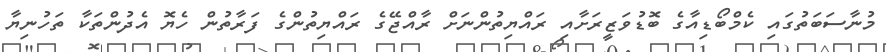
މުނާސަބަތުގައި ކެމްބޯޑިއާގެ ބޮޑުވަޒީރަށާއި ރައްޔިތުންނަށް ރާއްޖޭގެ ރައްޔިތުންގެ ފަރާތުން ހެޔޮ އެދުންތަކާ ތަހުނިޔާ